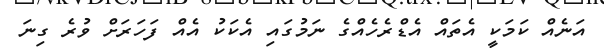
އަނެއް ކަމަކީ އެތައް އެޑްރެހެއްގެ ނަމުގައި އެކަކު އެއް ފަހަރަށް ވުރެ ގިނަ